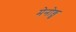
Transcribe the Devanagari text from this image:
मेनोङु